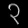
Digit: ၃